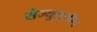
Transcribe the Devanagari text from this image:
सेज्युलूसीय